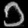
Digit: ၁